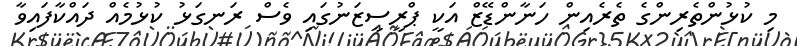
މި ކުޅުންތެރިންގެ ތެރެއިން ހަނާންޑޭޒް އަކީ ޕްރީސީޒަނުގައި ވެސް ރަނގަޅު ކުޅުމެއް ދައްކާފައިވާ